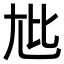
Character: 𫵏